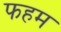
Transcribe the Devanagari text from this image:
फहम